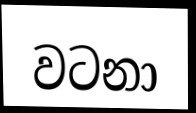
වටනා